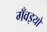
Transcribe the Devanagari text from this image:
गँवइयों